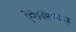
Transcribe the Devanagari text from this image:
ऐनेक्सिमिनिज़